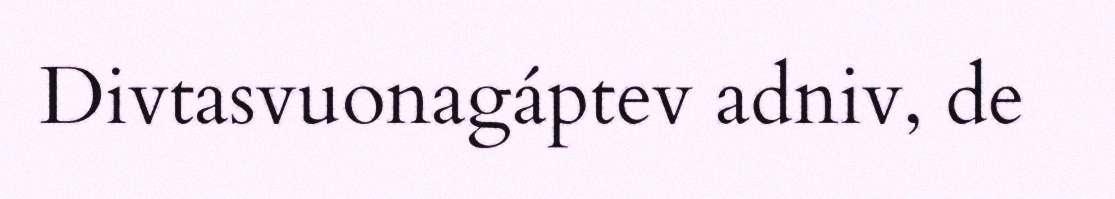
Divtasvuonagáptev adniv, de